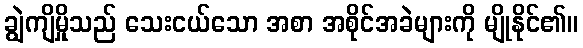
ချွဲကျိမှိုသည် သေးငယ်သော အစာ အစိုင်အခဲများကို မျိုနိုင်၏။